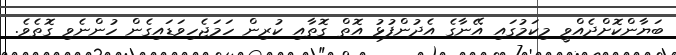
ބަޔާންކޮށްދެއްވީ މިކަމުގައި އޭނާގެ އެދުންފުޅު އޮތް ގޮތާއި ކުރިން ހަމަޖެހިވަޑައިގެން ހުންނެވި ގޮތެވެ.